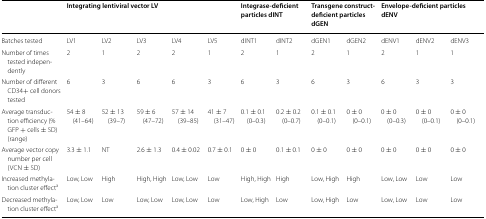
<table><thead><tr><td></td><td colspan="5"><b>Integrating lentiviral vector LV</b></td><td colspan="2"><b>Integrase-deficient particles dINT</b></td><td colspan="2"><b>Transgene construct- deficient particles dGEN</b></td><td colspan="3"><b>Envelope-deficient particles dENV</b></td></tr></thead><tbody><tr><td>Batches tested</td><td>LV1</td><td>LV2</td><td>LV3</td><td>LV4</td><td>LV5</td><td>dINT1</td><td>dINT2</td><td>dGEN1</td><td>dGEN2</td><td>dENV1</td><td>dENV2</td><td>dENV3</td></tr><tr><td>Number of times tested independently</td><td>2</td><td>1</td><td>2</td><td>2</td><td>1</td><td>2</td><td>1</td><td>2</td><td>1</td><td>2</td><td>1</td><td>1</td></tr><tr><td>Number of different CD34+ cell donors tested</td><td>6</td><td>3</td><td>6</td><td>6</td><td>3</td><td>6</td><td>3</td><td>6</td><td>3</td><td>6</td><td>3</td><td>3</td></tr><tr><td>Average transduction efficiency (% GFP + cells ± SD) (range)</td><td>54 ± 8 (41–64)</td><td>52 ± 13 (39–7)</td><td>59 ± 6 (47–72)</td><td>57 ± 14 (39–85)</td><td>41 ± 7 (31–47)</td><td>0.1 ± 0.1 (0–0.3)</td><td>0.2 ± 0.2 (0–0.7)</td><td>0.1 ± 0.1 (0–0.1)</td><td>0 ± 0 (0–0.1)</td><td>0 ± 0 (0–0.3)</td><td>0 ± 0 (0–0.1)</td><td>0 ± 0 (0–0.1)</td></tr><tr><td>Average vector copy number per cell (VCN ± SD)</td><td>3.3 ± 1.1</td><td>NT</td><td>2.6 ± 1.3</td><td>0.4 ± 0.02</td><td>0.7 ± 0.1</td><td>0 ± 0</td><td>0.1 ± 0.1</td><td>0 ± 0</td><td>0 ± 0</td><td>0 ± 0</td><td>0 ± 0</td><td>0 ± 0</td></tr><tr><td>Increased methylation cluster effect<sup>a</sup></td><td>Low, Low</td><td>High</td><td>High, High</td><td>Low, Low</td><td>Low</td><td>High, High</td><td>High</td><td>Low, High</td><td>High</td><td>Low, Low</td><td>Low</td><td>Low</td></tr><tr><td>Decreased methylation cluster effect<sup>a</sup></td><td>Low, Low</td><td>Low</td><td>Low, Low</td><td>Low, Low</td><td>Low</td><td>Low, High</td><td>Low</td><td>Low, High</td><td>Low</td><td>Low, Low</td><td>Low</td><td>Low</td></tr></tbody></table>